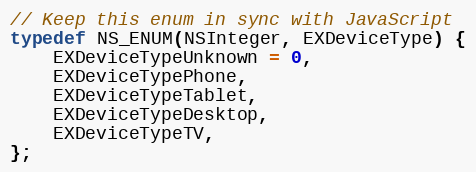
Language: C
// Keep this enum in sync with JavaScript
typedef NS_ENUM(NSInteger, EXDeviceType) {
    EXDeviceTypeUnknown = 0,
    EXDeviceTypePhone,
    EXDeviceTypeTablet,
    EXDeviceTypeDesktop,
    EXDeviceTypeTV,
};